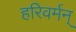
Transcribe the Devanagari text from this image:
हरिवर्मन्‌